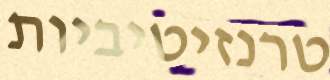
טרנזיטיביות